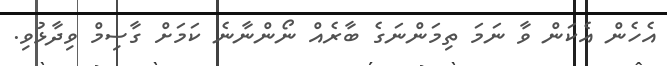
އެހެން އެކަން ވާ ނަމަ ތިމަންނަގެ ބާރެއް ނޯންނާނެ ކަމަށް ގާސިމް ވިދާޅުވި.